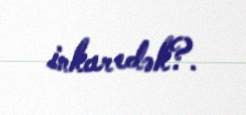
inkar edək?.